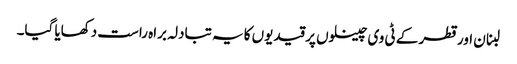
لبنان اور قطر کے ٹی وی چینلوں پر قیدیوں کا یہ تبادلہ براہ راست دکھایا گیا۔